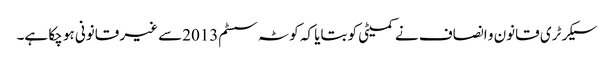
سیکرٹری قانون و انصاف نے کمیٹی کو بتایا کہ کوٹہ سسٹم2013سے غیر قانونی ہو چکا ہے۔